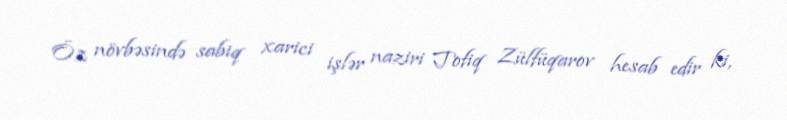
Öz növbəsində sabiq xarici işlər naziri Tofiq Zülfüqarov hesab edir ki,